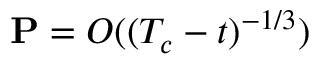
\mathbf { P } = O ( ( T _ { c } - t ) ^ { - 1 / 3 } )